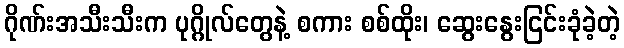
ဂိုဏ်းအသီးသီးက ပုဂ္ဂိုလ်တွေနဲ့ စကား စစ်ထိုး၊ ဆွေးနွေးငြင်းခုံခဲ့တဲ့